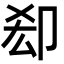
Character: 㕁